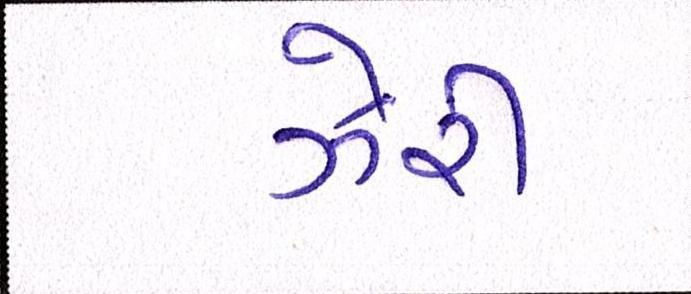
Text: ઝેરી